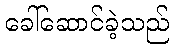
ခေါ်ဆောင်ခဲ့သည်